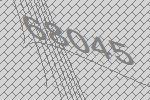
68045